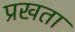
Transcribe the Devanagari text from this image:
प्रखता